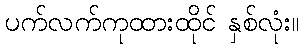
ပက်လက်ကုထားထိုင် နှစ်လုံး။